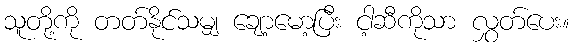
သူတို့ကို တတ်နိုင်သမျှ ချော့မော့ပြီး ငါ့ဆီကိုသာ လွှတ်ပေး။